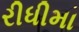
રીધીમા